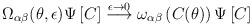
LaTeX: \begin{align*}\Omega_{\alpha\beta}(\theta,\epsilon) \Psi \left[C \right]\stackrel{\epsilon \rightarrow 0}{\longrightarrow}\omega_{\alpha\beta}\left(C(\theta)\right)\Psi \left[C \right] \end{align*}